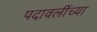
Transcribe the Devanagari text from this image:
पदावलींच्या